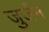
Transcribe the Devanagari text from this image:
जुर्जन